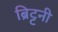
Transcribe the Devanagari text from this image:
ब्रिट्टनी